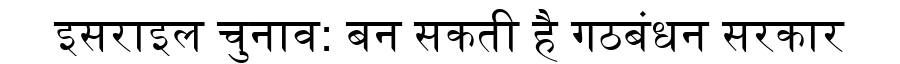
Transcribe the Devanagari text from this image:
इसराइल चुनाव: बन सकती है गठबंधन सरकार